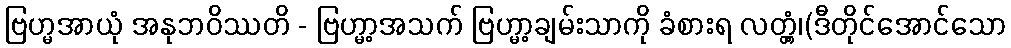
ဗြဟ္မအာယုံ အနုဘဝိဿတိ - ဗြဟ္မာ့အသက် ဗြဟ္မာ့ချမ်းသာကို ခံစားရ လတ္တံ့၊(ဒီတိုင်အောင်သော